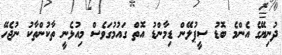
ދުނިޔޭގެ އެންމެ ބޮޑު ސީޕުލޭން ޑިމާންޑު އޮތް ގައުމުގަވެސް މިއުޅެނީ ތާކުންތާކު ނުޖެހޭ